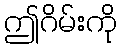
ဤဂိမ်းကို